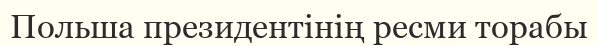
Польша президентінің ресми торабы